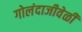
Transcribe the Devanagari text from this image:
गोलंदाजीवेळी